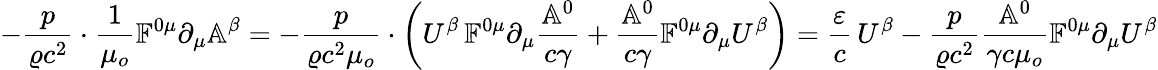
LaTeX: -\frac{p}{\varrho c^{2}}\cdot\frac{1}{\mu_{o}}\mathbb{F}^{0\mu}\partial_{\mu}\mathbb{A}^{\beta}=-\frac{p}{\varrho c^{2}\mu_{o}}\cdot\left(U^{\beta}\, \mathbb{F}^{0\mu}\partial_{\mu}\frac{\mathbb{A}^{0}}{c\gamma}+\frac{\mathbb{A}^{0}}{c\gamma}\mathbb{F}^{0\mu}\partial_{\mu}U^{\beta}\right)=\frac{\varepsilon}{c}\, U^{\beta}-\frac{p}{\varrho c^{2}}\frac{\mathbb{A}^{0}}{\gamma c\mu_{o}}\mathbb{F}^{0\mu}\partial_{\mu}U^{\beta}